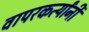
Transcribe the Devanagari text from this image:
वापरकर्त्यांनी